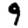
Digit: 9